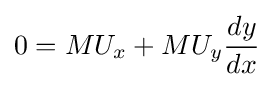
0=MU_{x}+MU_{y}{\frac {dy}{dx}}